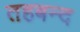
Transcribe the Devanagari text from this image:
तहबन्द